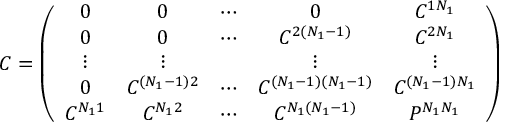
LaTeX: C = \left( \begin{array} { c c c c c } { { 0 } } & { { 0 } } & { { \cdots } } & { { 0 } } & { { C ^ { 1 N _ { 1 } } } } \\ { { 0 } } & { { 0 } } & { { \cdots } } & { { C ^ { 2 ( N _ { 1 } - 1 ) } } } & { { C ^ { 2 N _ { 1 } } } } \\ { { \vdots } } & { { \vdots } } & { { { } } } & { { \vdots } } & { { \vdots } } \\ { { 0 } } & { { C ^ { ( N _ { 1 } - 1 ) 2 } } } & { { \cdots } } & { { C ^ { ( N _ { 1 } - 1 ) ( N _ { 1 } - 1 ) } } } & { { C ^ { ( N _ { 1 } - 1 ) N _ { 1 } } } } \\ { { C ^ { N _ { 1 } 1 } } } & { { C ^ { N _ { 1 } 2 } } } & { { \cdots } } & { { C ^ { N _ { 1 } ( N _ { 1 } - 1 ) } } } & { { P ^ { N _ { 1 } N _ { 1 } } } } \end{array} \right)